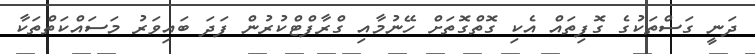
ދަނީ ގަސްތަކުގެ ގޮފިތައް އެކި ގޮތްގޮތަށް ހޭނުމާއި ގްރާފްޓްކުރުން ފަދަ ބައިވަރު މަސައްކަތްތަކާ